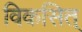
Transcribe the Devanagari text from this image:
विकसित्